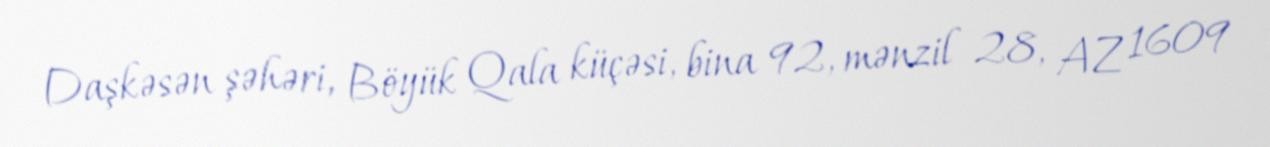
Daşkəsən şəhəri, Böyük Qala küçəsi, bina 92, mənzil 28, AZ 1609